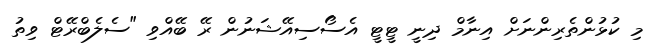
މި ކުޅުންތެރިންނަށް އިނާމް ދިނީ ޓީޓީ އެސޯސިއޭޝަނުން ރޭ ބޭއްވި "ސެލެބްރޭޓް ވިތު